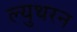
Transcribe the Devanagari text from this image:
ल्युथरन